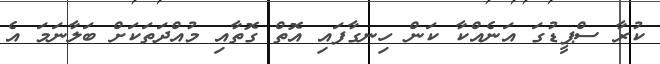
ކުރާ ސްޕީޑުގަ އަނެއްކާ ކަން ހިނގާފައި އޮތް ގޮތާއި މުއްދަތަކަށް ބަލާނަމަ އެ